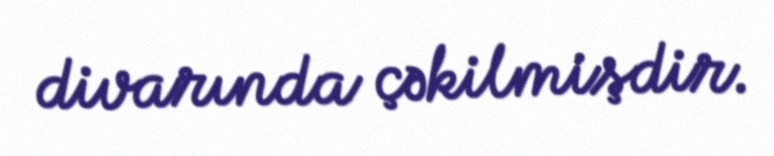
divarında çəkilmişdir.